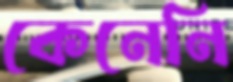
কেনেনি